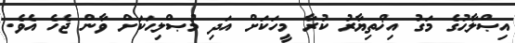
އިޞްލާޙުގެ މަގު އިޚްތިޔާރު ކުރާ މީހަކަށް އަދި މުޞްލިޙަކަށް ވާން ޖެހެ އެވެ.